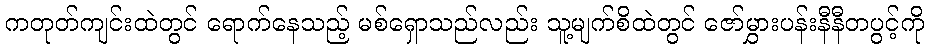
ကတုတ်ကျင်းထဲတွင် ရောက်နေသည့် မစ်ရှောသည်လည်း သူ့မျက်စိထဲတွင် ဇော်မွှားပန်းနီနီတပွင့်ကို